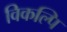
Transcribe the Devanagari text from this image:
विकल्पि